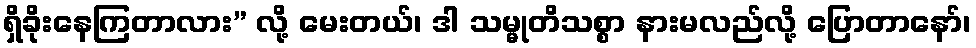
ရှိခိုးနေကြတာလား” လို့ မေးတယ်၊ ဒါ သမ္မုတိသစ္စာ နားမလည်လို့ ပြောတာနော်၊